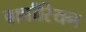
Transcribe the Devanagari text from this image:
बार्बारियन